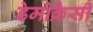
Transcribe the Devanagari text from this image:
डेमोक्रैसी